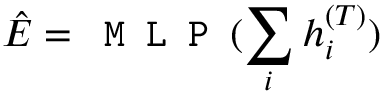
\hat { E } = \texttt { M L P } ( \sum _ { i } h _ { i } ^ { ( T ) } )